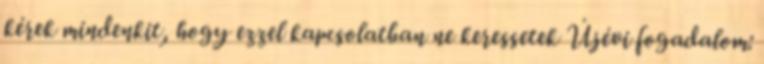
kérek mindenkit, hogy ezzel kapcsolatban ne keressetek Újévi fogadalom: